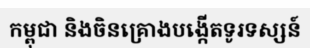
កម្ពុជា និងចិនគ្រោងបង្កើតទូរទស្សន៍